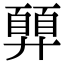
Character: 𢍳